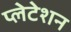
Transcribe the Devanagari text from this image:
प्लेटेशन